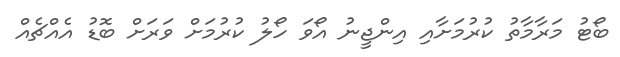
ބޯޓު މަރާމާތު ކުރުމަށާއި އިންޖީނު އޯވަ ހޯލު ކުރުމަށް ވަރަށް ބޮޑު އެއްޗެއް